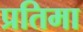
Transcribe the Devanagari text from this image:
प्रतिमा